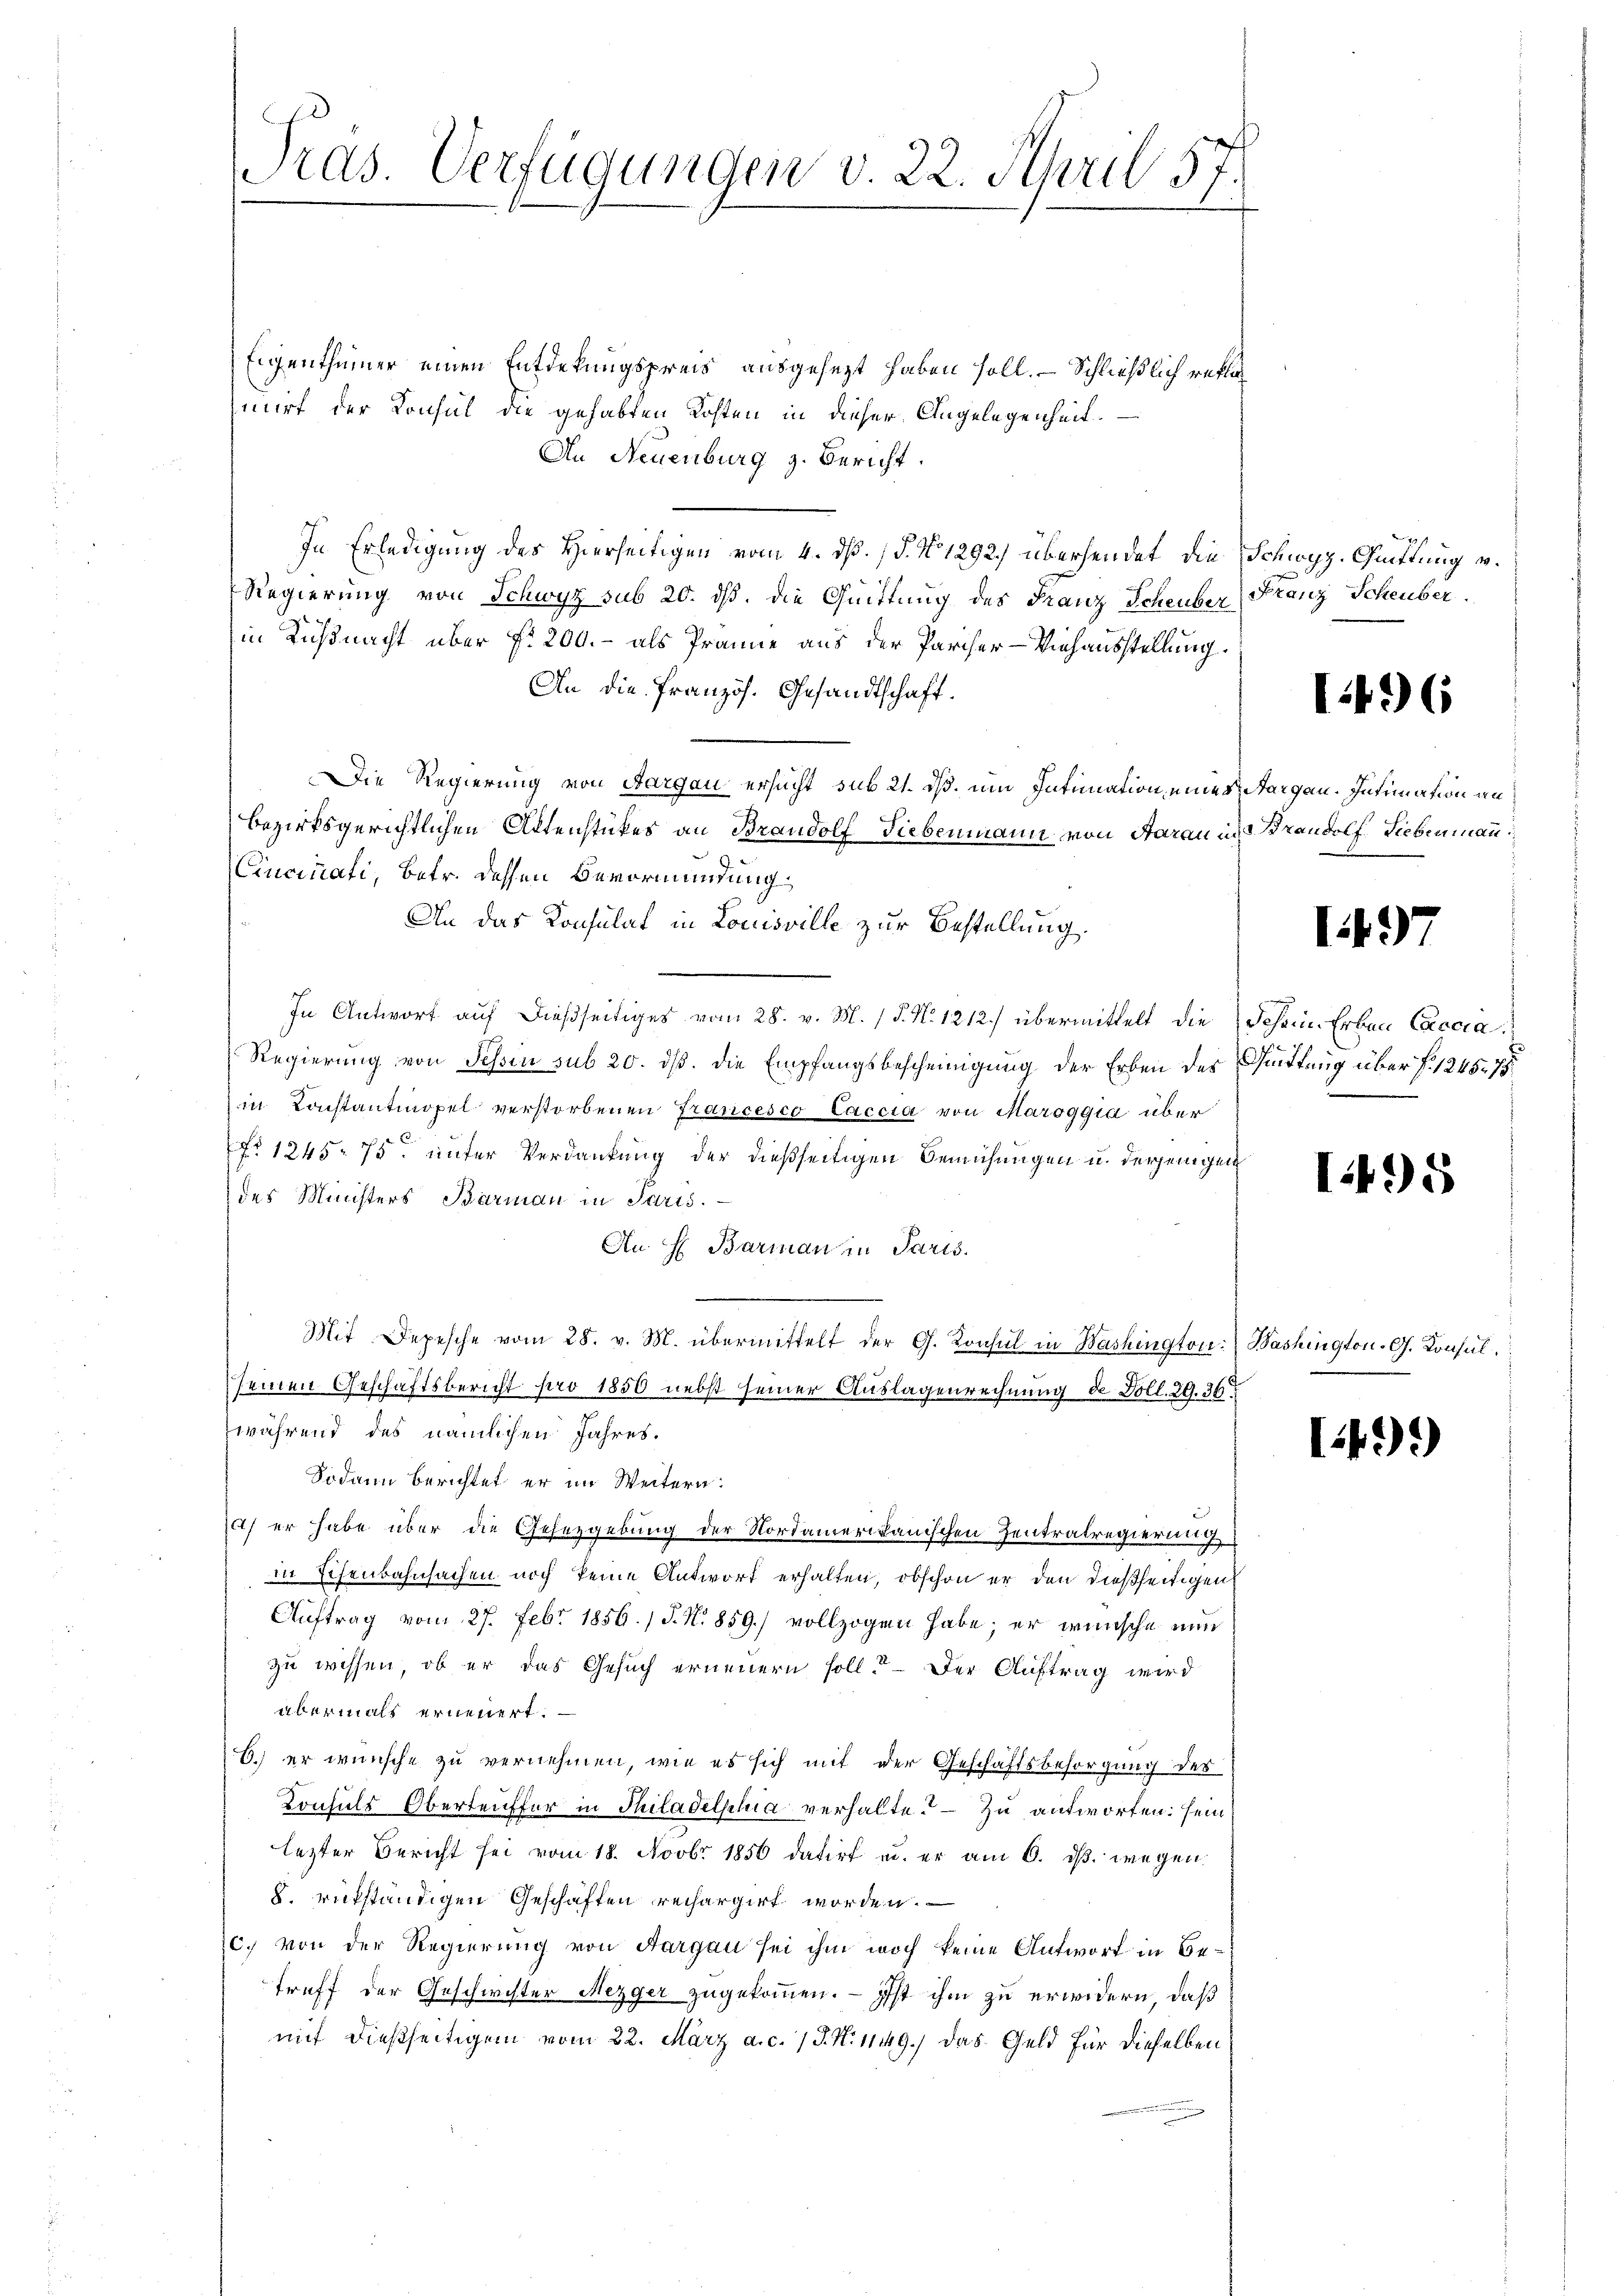
Pras. Verfügungen v. 22. April 57.

Eigenthümer einen Entdekungspreis ausgesezt haben soll. — Schließlich reklich
mirt der Konsul die gehabten Kosten in dieser Angelegenheit
An Neuenburg z. Bericht.
In Erledigung des Hierseitigen vom 4. dß. (§. N. 1292) übersendet die Schwyz-Cuittung v.
Regierung von Schwyz sub 20. ds. die Quittung des Franz Scheuber Stanz Scheuber.
in Küßnacht über Nr. 200. - als Prämie aus der Parcher-Viehausstellung.
An die französ. Gesandtschaft.
Die Regierung von Aargau ersucht sub 21. dß. um Intimation eines Aargau. Intimation an
bezirksgerichtlichen Aktenstükes an Brandolf Liebenmann von Aarau in d. Brandolf Liebenmann
Cincinati, Betr. dessen Bevormundung
An das Konsulat in Louisville zur Bestellung
In Antwort auf dießseitiges vom 28. v. M. / P. N. 1212) übermittelt die Schein Erben Caccia
Regierung von Tessin sub 20. dß. die Empfangsbescheinigung der Erben der Wittung über §. 1245. 75
in Constantmopel verstorbenen Francesco Caccia von Maroggia über
No 1245. 75. unter Verdankung der dießseitigen Bemühungen u. derjenigen
des Ministers Barman in Paris.
An H. Barman in Paris.
Mit Depesche vom 28. v. M. übermittelt der G. Konsul in Washington: Bashington. G. Konsulseinen Geschäftsbericht pro 1850 nebst seiner Auslagenrechnung de Goll. 29. 36.
während des nämlichen Jahres.
Sodann berichtet er im Weitern:
uund
) er habe über die Gesetzgebung der Nordamerikanischen Zentratregierung
in Schenbahnsachen noch keine Antwort erhalten, obschon er den dießseitigen
Auftrag vom 27. Febr 1856. / P. N. 859) vollzogen habe; er wünsche nun
zu wissen, ob er das Gesuch erneuern soll. Der Auftrag wird
übermals erneuert.
C.) er wünsche zu vernehmen, wie es sich mit der Geschäftsbesorgung des
Konsuls Oberteuffer in Thiladelphia verhalte. — Zu antworten: sein
lezter Bericht sei vom 18. Novbr 1850 datirt u. er am 6. dβ. wegen
8. rükständigen Geschäften rechargirt worden.
c.) von der Regierung von Aargau sei ihm noch keine Antwort in Betreff der Geschwister Mezger zugekommen. — Ist ihm zu erwidern, daß
mit dießseitigem vom 22. März a. c. 1 J. N. 1149.) Das Geld für dieselben

7

1496

197

1495

149)